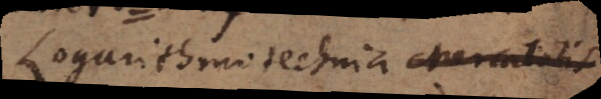
Logarithmotechnia Mercatoris